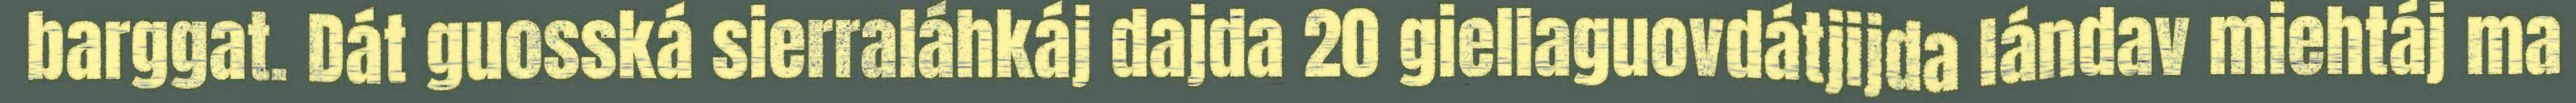
barggat. Dát guosská sierraláhkáj dajda 20 giellaguovdátjijda lándav miehtáj ma